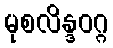
မုစလိန္ဒဝဂ္ဂ